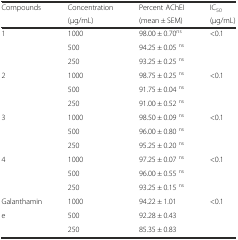
<table><thead><tr><td><b>Compounds</b></td><td><b>Concentration</b></td><td><b>Percent AChEI</b></td><td><b>IC<sub>50</sub></b></td></tr><tr><td></td><td><b>(μg/mL)</b></td><td><b>(mean ± SEM)</b></td><td><b>(μg/mL)</b></td></tr></thead><tbody><tr><td>1</td><td>1000</td><td>98.00 ± 0.70<sup>ns</sup></td><td>&lt;0.1</td></tr><tr><td></td><td>500</td><td>94.25 ± 0.05 <sup>ns</sup></td><td></td></tr><tr><td></td><td>250</td><td>93.25 ± 0.25 <sup>ns</sup></td><td></td></tr><tr><td>2</td><td>1000</td><td>98.75 ± 0.25 <sup>ns</sup></td><td>&lt;0.1</td></tr><tr><td></td><td>500</td><td>91.75 ± 0.04 <sup>ns</sup></td><td></td></tr><tr><td></td><td>250</td><td>91.00 ± 0.52 <sup>ns</sup></td><td></td></tr><tr><td>3</td><td>1000</td><td>98.50 ± 0.09 <sup>ns</sup></td><td>&lt;0.1</td></tr><tr><td></td><td>500</td><td>96.00 ± 0.80 <sup>ns</sup></td><td></td></tr><tr><td></td><td>250</td><td>95.25 ± 0.20 <sup>ns</sup></td><td></td></tr><tr><td>4</td><td>1000</td><td>97.25 ± 0.07 <sup>ns</sup></td><td>&lt;0.1</td></tr><tr><td></td><td>500</td><td>96.00 ± 0.55 <sup>ns</sup></td><td></td></tr><tr><td></td><td>250</td><td>93.25 ± 0.15 <sup>ns</sup></td><td></td></tr><tr><td>Galanthamin</td><td>1000</td><td>94.22 ± 1.01</td><td>&lt;0.1</td></tr><tr><td>e</td><td>500</td><td>92.28 ± 0.43</td><td></td></tr><tr><td></td><td>250</td><td>85.35 ± 0.83</td><td></td></tr></tbody></table>